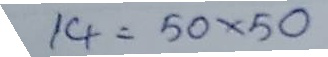
14 = 50 x 50